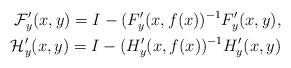
LaTeX: \begin{align*}\mathcal{F}'_{y}(x,y)=I-(F'_y(x,f(x))^{-1}F'_y(x,y),\\\mathcal{H}'_{y}(x,y)=I-(H'_y(x,f(x))^{-1}H'_y(x,y)\end{align*}